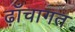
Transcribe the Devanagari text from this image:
ढ़ाँचागत